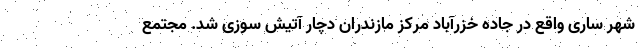
شهر ساری واقع در جاده خزرآباد مرکز مازندران دچار آتیش سوزی شد. مجتمع